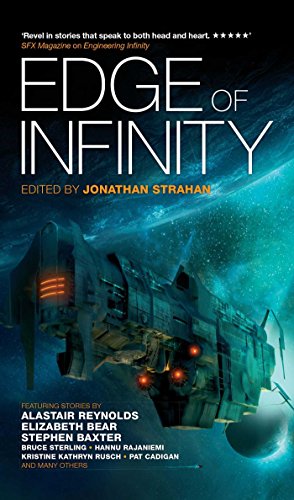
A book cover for Edge of Infinity; Alastair Reynolds; Science Fiction & Fantasy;